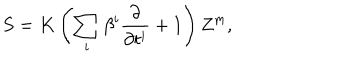
LaTeX: S = K \left( \sum _ { i } \beta ^ { i } \frac { \partial } { \partial t ^ { i } } + 1 \right) Z ^ { \mathrm { m } } ,